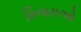
કિનારાઓ